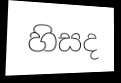
හිසද